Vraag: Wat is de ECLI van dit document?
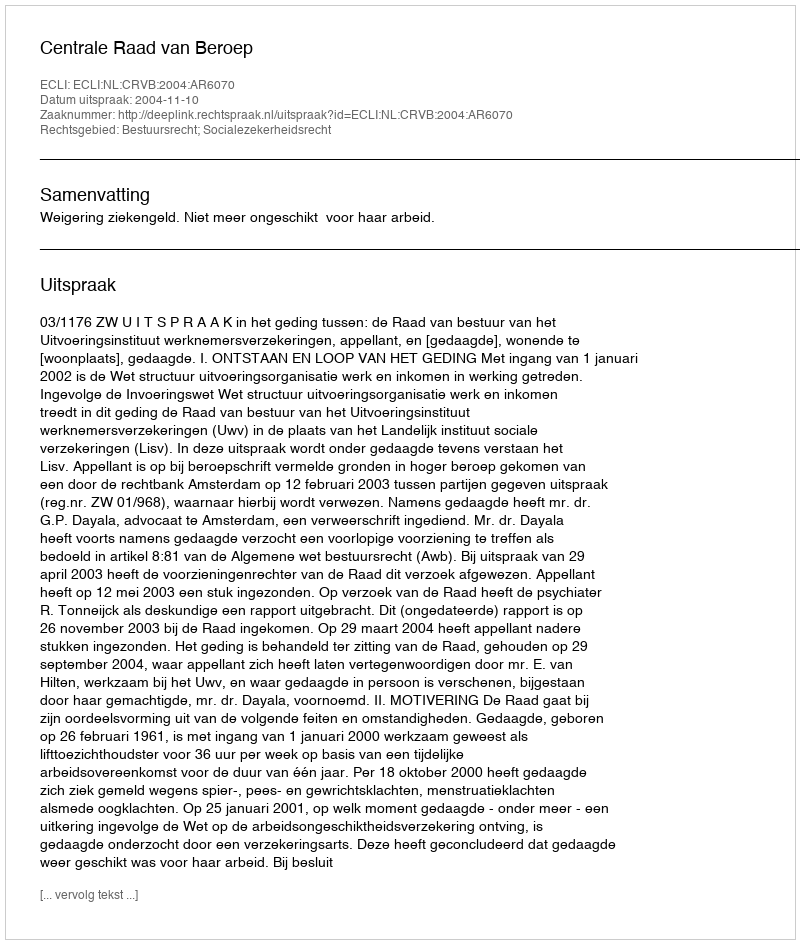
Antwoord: ECLI:NL:CRVB:2004:AR6070